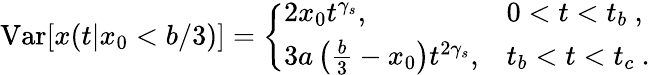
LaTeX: \mathrm{Var}[x(t|x_{0}<b/3)]=\left\{ \begin{array}{ll}{2x_{0}t^{\gamma_{s}},}&{0<t<t_{b}\ ,}\\ {3a\left(\frac{b}{3}-x_{0}\right)t^{2\gamma_{s}},}&{t_{b}<t<t_{c}\ .}\end{array}\right.